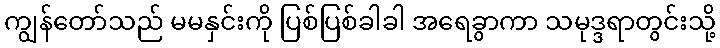
ကျွန်တော်သည် မမနှင်းကို ပြစ်ပြစ်ခါခါ အရေခွာကာ သမုဒ္ဒရာတွင်းသို့